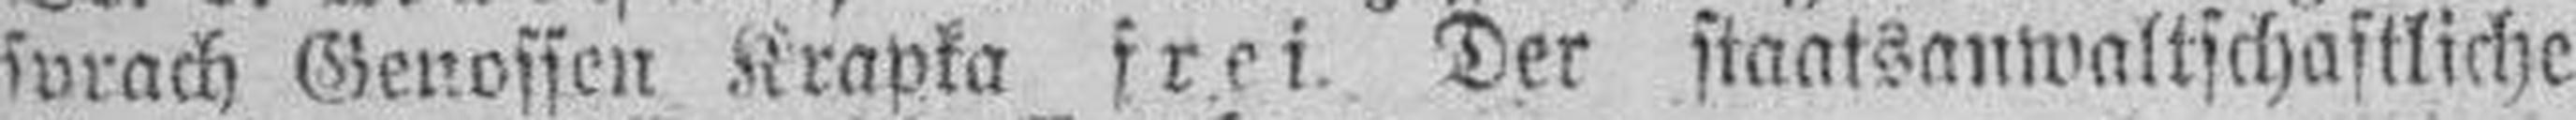
sprach Genossen Krapka frei. Der staatsanwaltschaftliche